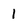
Character: 1